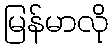
မြန်မာလို